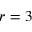
r = 3